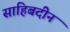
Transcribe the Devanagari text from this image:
साहिबदीन